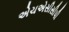
એચએસીસીપી